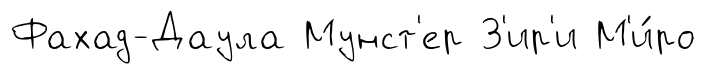
Фахад-Даула Мунст'ер З'ир'и М'и́ро